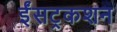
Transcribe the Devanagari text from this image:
ईंसट्रकशन